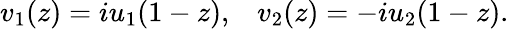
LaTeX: v_{1}(z)=iu_{1}(1-z),\; \; \; v_{2}(z)=-iu_{2}(1-z).